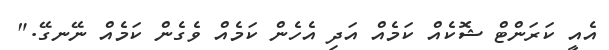
އެއީ ކަރަންޓް ޝޮކެއް ކަމެއް އަދި އެހެން ކަމެއް ވެގެން ކަމެއް ނޭނގޭ."